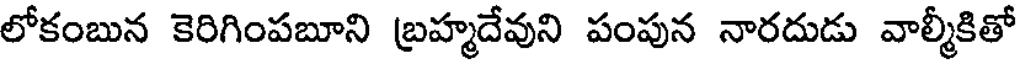
లోకంబున కెరిగింపబూని బ్రహ్మదేవుని పంపున నారదుడు వాల్మీకితో